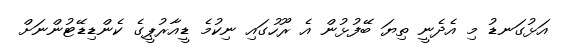
އަޅުގަނޑު މި އެދެނީ ތިޔަ ބޭފުޅުން އެ ރޫހުގައި ނިކުމެ ޑީއާރުޕީގެ ކެންޑިޑޭޓުންނަށް